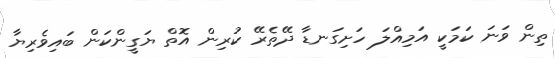
ތިން ވަނަ ކަމަކީ އަމިއްލަ ހަށިގަނޑާ ދޭތެރޭ ކުރިން އޮތް ޔަގީންކަން ބައިވެރިޔާ